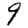
Digit: 9